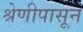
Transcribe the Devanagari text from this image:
श्रेणीपासून